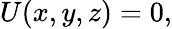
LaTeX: U(x,y,z)=0,